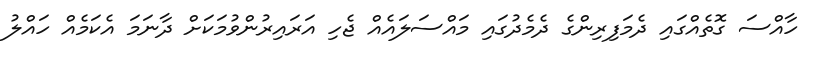
ހާއްސަ ގޮތެއްގައި ދެމަފިރިންގެ ދެމެދުގައި މައްސަލައެއް ޖެހި އަރައިރުންވުމަކަށް ދާނަމަ އެކަމެއް ހައްލު